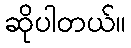
ဆိုပါတယ်။